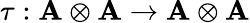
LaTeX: \tau:\mathbf{A}\otimes\mathbf{A}\rightarrow\mathbf{A}\otimes\mathbf{A}